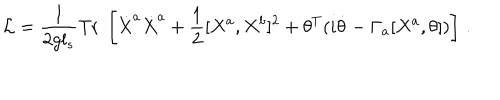
{ \cal L } = \frac { 1 } { 2 g l _ { s } } \mathrm { T r } \; \left[ \dot { X } ^ { a } \dot { X } ^ { a } + \frac { 1 } { 2 } [ X ^ { a } , X ^ { b } ] ^ { 2 } + \theta ^ { T } ( i \dot { \theta } - \Gamma _ { a } [ X ^ { a } , \theta ] ) \right] \, .